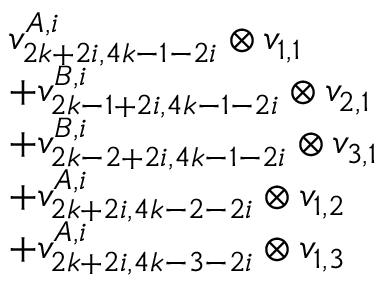
\begin{array} { r l } & { v _ { 2 k + 2 i , 4 k - 1 - 2 i } ^ { A , i } \otimes v _ { 1 , 1 } } \\ & { + v _ { 2 k - 1 + 2 i , 4 k - 1 - 2 i } ^ { B , i } \otimes v _ { 2 , 1 } } \\ & { + v _ { 2 k - 2 + 2 i , 4 k - 1 - 2 i } ^ { B , i } \otimes v _ { 3 , 1 } } \\ & { + v _ { 2 k + 2 i , 4 k - 2 - 2 i } ^ { A , i } \otimes v _ { 1 , 2 } } \\ & { + v _ { 2 k + 2 i , 4 k - 3 - 2 i } ^ { A , i } \otimes v _ { 1 , 3 } } \end{array}